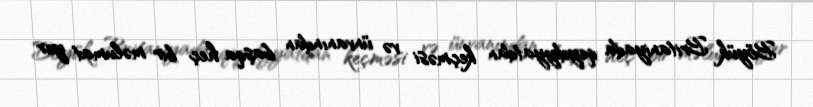
Böyük Britaniyada qeydiyyatdan keçməsi və ünvanından başqa heç bir məlumat yer